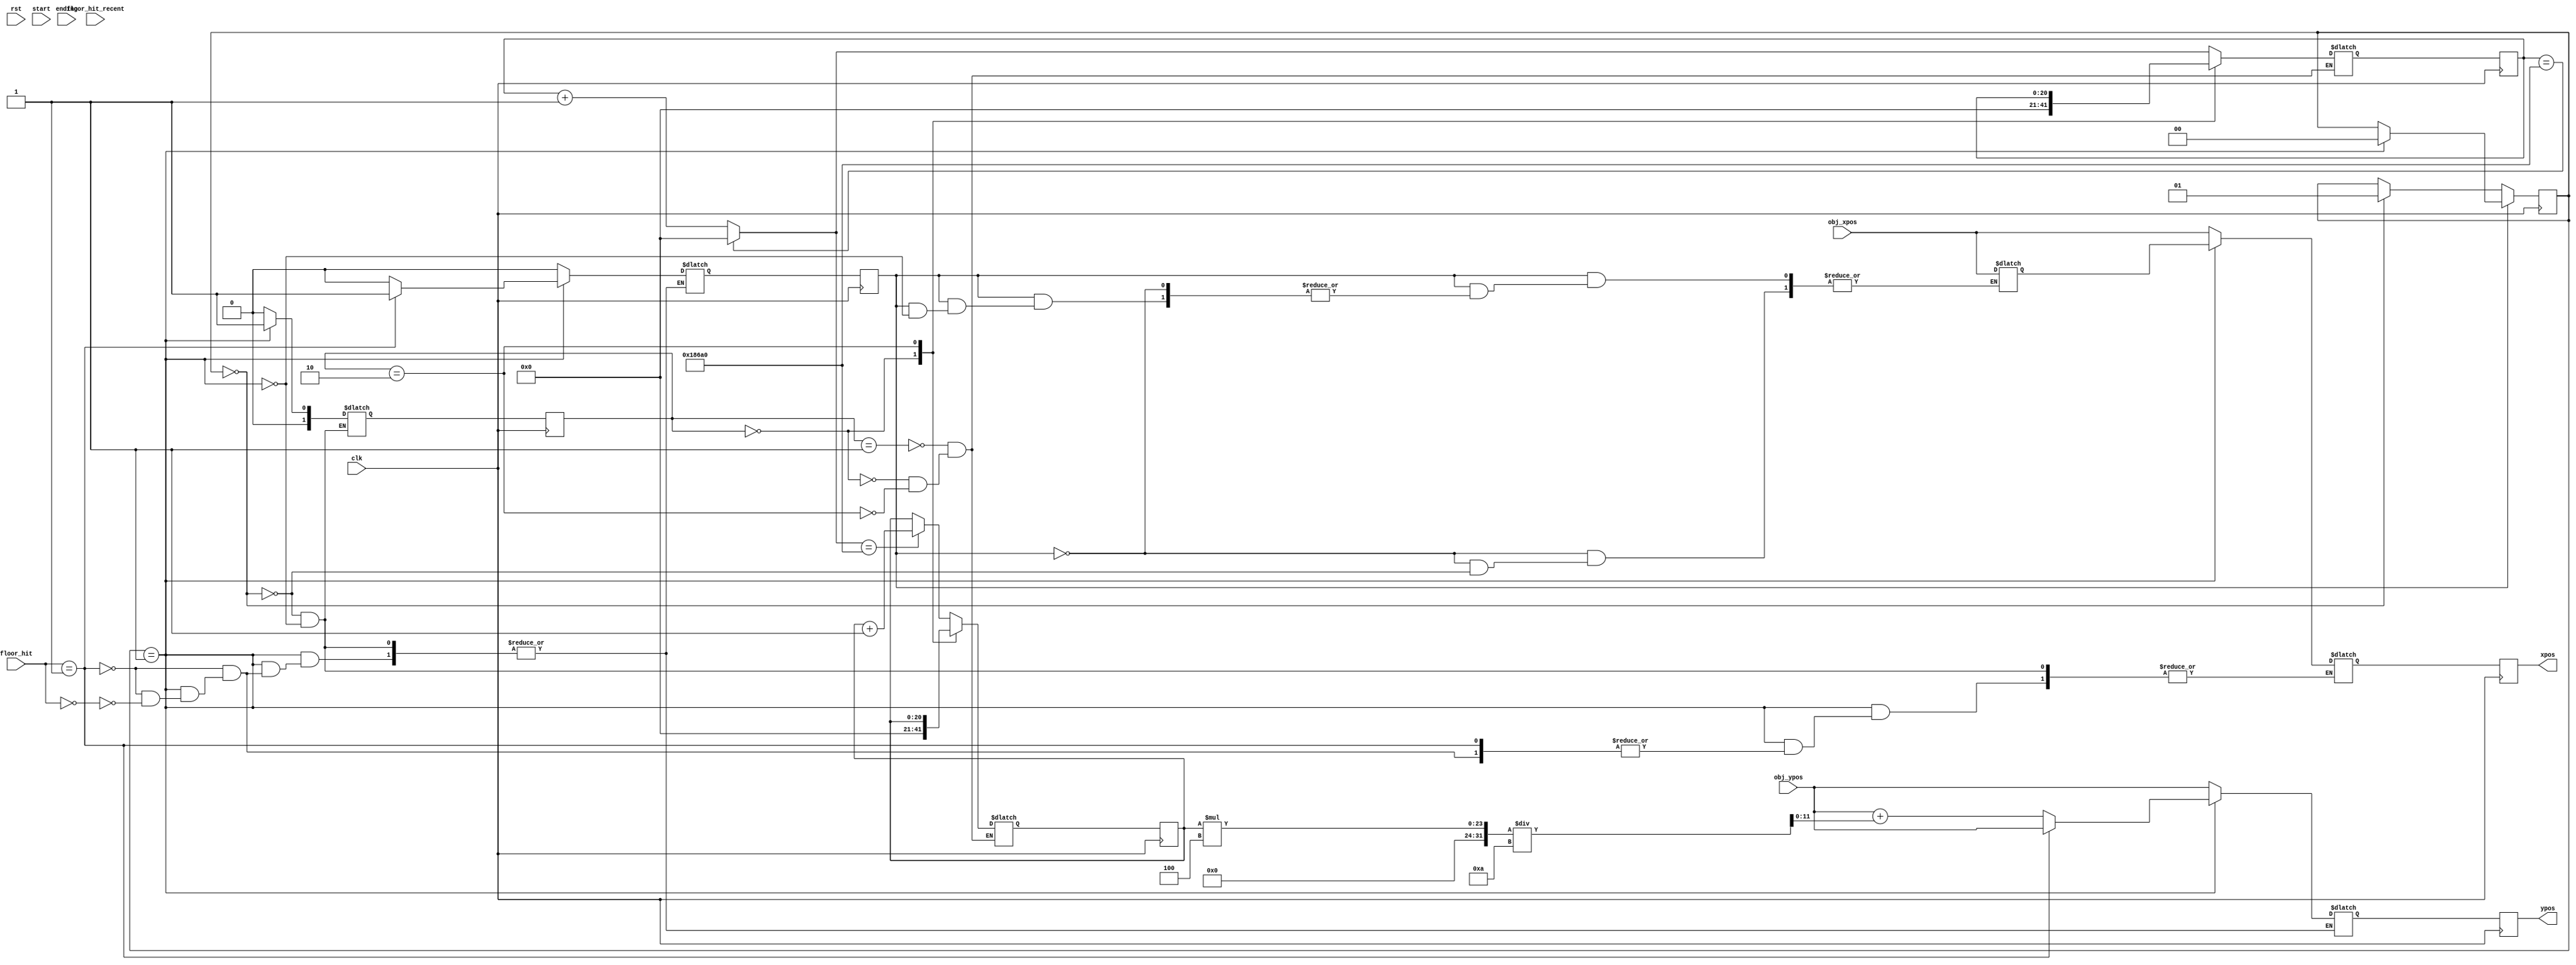
`timescale 1ns / 1ps
//////////////////////////////////////////////////////////////////////////////////
// Company: 
// Engineer: 
// 
// Design Name: 
// Module Name: object_fall
// Project Name: 
// Target Devices: 
// Tool Versions: 
// Description: 
// 
// Dependencies: 
// 
// Revision:
// Revision 0.01 - File Created
// Additional Comments:
// 
//////////////////////////////////////////////////////////////////////////////////


module object_fall(
    input wire [1:0] floor_hit,
    input wire [1:0] floor_hit_recent,
    input wire [11:0] obj_xpos,
    input wire [11:0] obj_ypos,
    input wire clk,
    input wire rst,
    input wire start,
    input wire ending,
    
    output reg [11:0] xpos,
    output reg [11:0] ypos  
    );
    
       reg [11:0] xpos_nxt, ypos_nxt;
       reg mouse_state;
       localparam 
               HEIGHT = 50,       
               MAX_HEIGHT = 600,
               HOLE = 50,
               
               idle = 0,               
               falling = 1,               
               
               
               timer_count = 1,    
               timer_rst = 0,
               timer_stop = 2,
               
               TIMER_MAX = 100000,
               
               gravity = 1;
           
           reg [20:0] time_ctr = 0;
           reg [20:0] time_ctr_next = 0;
           
           reg [20:0] time_ctr_ms = 0;
           reg [20:0] time_ctr_ms_nxt = 0;
           
           reg [1:0] state = idle;
           reg [1:0] state_nxt;
           reg [1:0] timer_state = timer_rst;
           reg [1:0] timer_state_nxt;
           
           
           reg [11:0] x_pos_nxt;
           reg [11:0] y_pos_nxt;
           
           reg [11:0] x_pos_start;
           reg [11:0] y_pos_start;
           
           reg fall_finish = 0;
           reg fall_finish_nxt;         
              
           
           always @* begin 
                          
                if(fall_finish == 0) begin
                  
                      if(state == idle) begin                                                  
                         state_nxt = falling;
                         x_pos_start = obj_xpos;
                         y_pos_start = obj_ypos;
                      end  
                                           
                      else begin                          
                          state_nxt = state;
                          x_pos_start = x_pos_start; 
                          y_pos_start = obj_ypos; 
                      
                      end
                      
                  end  
               
               else if (fall_finish == 1) begin
                  
                      if(state == falling) begin                          
                         state_nxt = idle;
                         x_pos_start = obj_xpos;
                         y_pos_start = obj_ypos; 
                       
                      end  
                      else begin
                          
                          state_nxt = state;
                          x_pos_start = x_pos_start; 
                          y_pos_start = obj_ypos; 
                      
                      end
                  
               end 
            
               else begin 
                  
                   state_nxt = state;
                   x_pos_start = x_pos_start;
                   y_pos_start = obj_ypos;
               end
         
         end      
           
       
       always @*
           begin            
              
               
               case(timer_state) 
                  
                 timer_count: begin
                       time_ctr_next = (time_ctr == TIMER_MAX) ? 0 : time_ctr +1;            
                       time_ctr_ms_nxt = (time_ctr_next == TIMER_MAX ) ? time_ctr_ms+1 : time_ctr_ms;                       
                   end
                   
                   timer_rst: begin 
                        time_ctr_next = 0;
                        time_ctr_ms_nxt = 0;
                   end
                   
                   timer_stop: begin
                       time_ctr_next = time_ctr;
                       time_ctr_ms_nxt = time_ctr_ms;
                   end 
                   
               endcase
           end 
           
           always @* 
               begin
               
                if(start || ending == 1) begin
                    
                end
                
                case ( state )
                   
                   idle : begin                       
                       
                       
                       timer_state_nxt = timer_rst;
                       fall_finish_nxt = 0;                       
                       
                       y_pos_nxt = obj_ypos;
                       x_pos_nxt = obj_xpos;
                       
                   end
                                      
                   falling: begin
                       
                       
                        timer_state_nxt = timer_count;                
                        
                        if(floor_hit == 1) begin          
                           
                            y_pos_nxt = y_pos_start;
                            fall_finish_nxt = 1;
                        end
                        
                        
                       else if(floor_hit == 0) begin 
                         
                           y_pos_nxt = obj_ypos + time_ctr_ms*4 / 10;
                           x_pos_nxt = x_pos_start;
                           timer_state_nxt = timer_count;
                           fall_finish_nxt = 0;
                          
                       end                     
                           
                   end
                   
                endcase 
           end
         
           always @(posedge clk) begin
               
               xpos <= x_pos_nxt;
               ypos <= y_pos_nxt;      
                              
               state <= state_nxt;
               timer_state <= timer_state_nxt;
               time_ctr <= time_ctr_next;
               
               time_ctr_ms <= time_ctr_ms_nxt;
           
               fall_finish <= fall_finish_nxt;
                 
           end
       
   
endmodule